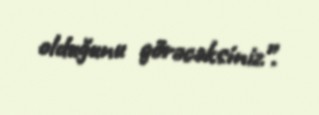
olduğunu görəcəksiniz”.